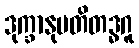
ဒုက္ခာနုပတိတဒ္ဓဂူ